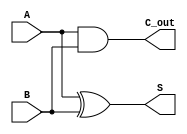
module CarryLookaheadHalfAdder (
    input wire A,      // First operand
    input wire B,      // Second operand
    output wire S,     // Sum output
    output wire C_out  // Carry-out output
);

    // Internal signals for generate and propagate
    wire G;  // Generate signal
    wire P;  // Propagate signal

    // Generate and propagate logic
    assign G = A & B;      // Generate: G = A * B
    assign P = A ^ B;      // Propagate: P = A XOR B

    // Sum calculation
    assign S = P;          // Sum: S = A XOR B

    // Carry-out calculation (C_in is assumed to be 0 for half-adder)
    assign C_out = G;      // Carry-out: C_out = G

endmodule